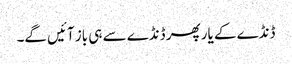
ڈنڈے کے یار پھر ڈنڈے سے ہی باز آئیں گے۔